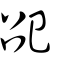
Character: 巶